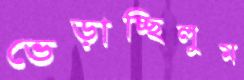
ভেড়াচ্ছিলুম